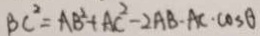
B C ^ { 2 } = A B ^ { 2 } + A C ^ { 2 } - 2 A B \cdot A C \cdot \cos \theta